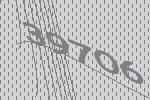
39706